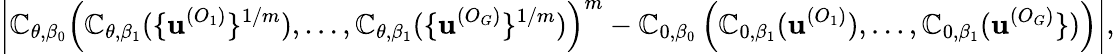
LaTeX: \left|\mathbb{C}_{\theta,\beta_{0}}\left(\mathbb{C}_{\theta,\beta_{1}}(\{ \textbf{{u}}^{(O_{1})}\} ^{1/m}),\dots,\mathbb{C}_{\theta,\beta_{1}}(\{ \textbf{{u}}^{(O_{G})}\} ^{1/m})\right)^{m}-\mathbb{C}_{0,\beta_{0}}\left(\mathbb{C}_{0,\beta_{1}}(\textbf{{u}}^{(O_{1})}),\dots,\mathbb{C}_{0,\beta_{1}}(\textbf{{u}}^{(O_{G})}\} )\right)\right|,